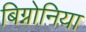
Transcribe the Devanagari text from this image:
बिग्नोनिया